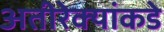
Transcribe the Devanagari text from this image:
अतीरेक्यांकडे